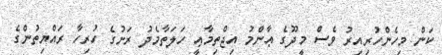
ކަން މިހެންހުރިއިރު ވެސް މީދޫގެ ޢާންމު އިޖްތިމާޢީ ހަލަތާމެދު ރަށުގެ ހުރިހާ ރައްޔިތުންގެ